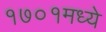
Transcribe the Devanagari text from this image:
१७०१मध्ये